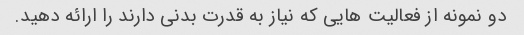
دو نمونه از فعالیت هایی که نیاز به قدرت بدنی دارند را ارائه دهید.